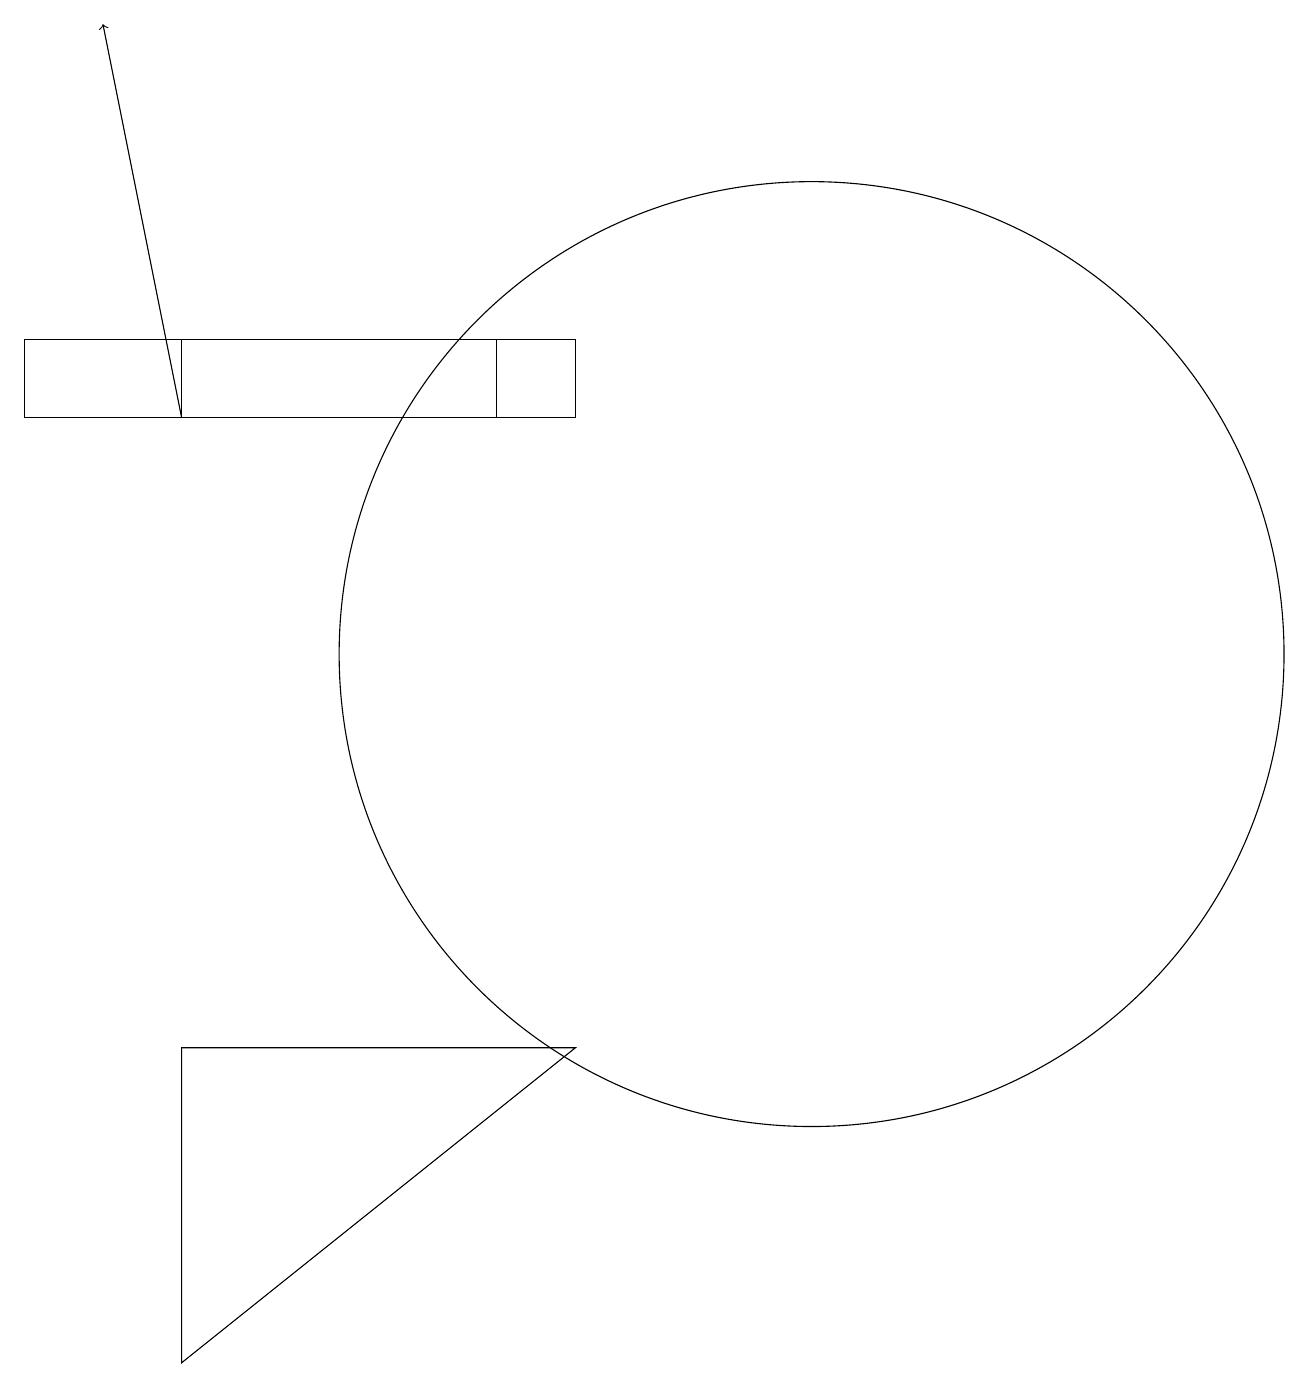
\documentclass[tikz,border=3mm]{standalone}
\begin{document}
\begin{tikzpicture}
\draw[->] (4,14) -- (3,19);
\draw (2,15) rectangle (9,14);
\draw (9,6) -- (4,6) -- (4,2) -- cycle;
\draw (12,11) circle (6);
\draw (4,14) rectangle (8,15);
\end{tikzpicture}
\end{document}